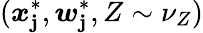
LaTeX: (\boldsymbol{x}_{\mathbf{j}}^{*},\boldsymbol{w}_{\mathbf{j}}^{*},Z\sim\nu_{Z})